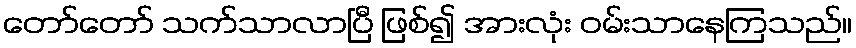
တော်တော် သက်သာလာပြီ ဖြစ်၍ အားလုံး ဝမ်းသာနေကြသည်။